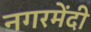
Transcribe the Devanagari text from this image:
नगरमेंदी